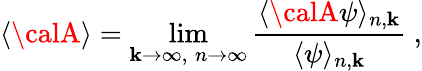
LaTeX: \langle{\calA}\rangle=\operatorname*{lim}_{\mathbf{k}\to\infty,\; n\to\infty}{\frac{{\langle{\calA}\psi\rangle_{n,\mathbf{k}}}}{{\langle\psi\rangle_{n,\mathbf{k}}}}}\ ,